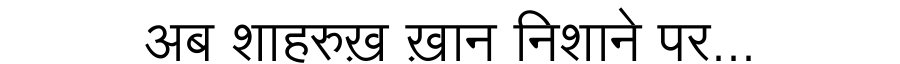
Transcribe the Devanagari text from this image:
अब शाहरुख़ ख़ान निशाने पर...